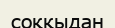
соққыдан